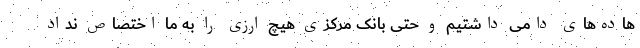
هاده‌های دامی داشتیم و حتی بانک مرکزی هیچ ارزی را به ما اختصاص نداد